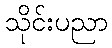
သိုင်းပညာ